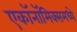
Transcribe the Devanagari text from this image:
एकॉनॉमिक्समध्ये